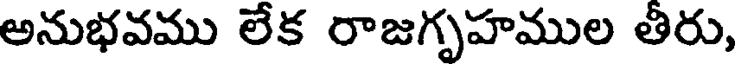
అనుభవము లేక రాజగృహముల తిరు,